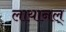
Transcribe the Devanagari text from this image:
लायानल्